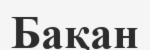
Бақан